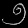
Digit: ၅